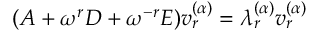
( A + \omega ^ { r } D + \omega ^ { - r } E ) v _ { r } ^ { ( \alpha ) } = \lambda _ { r } ^ { ( \alpha ) } v _ { r } ^ { ( \alpha ) }